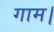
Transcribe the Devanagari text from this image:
गाम।